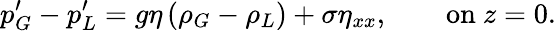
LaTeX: p_{G}^{\prime}-p_{L}^{\prime}=g\eta\left(\rho_{G}-\rho_{L}\right)+\sigma\eta_{xx},\qquad{\mathrm{on~}}z=0.